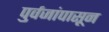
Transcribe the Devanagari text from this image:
पुर्वजांपासून